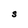
Character: S